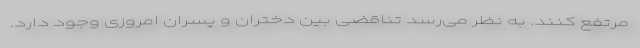
مرتفع کنند. به نظر می‌رسد تناقضی بین دختران و پسران امروزی وجود دارد.